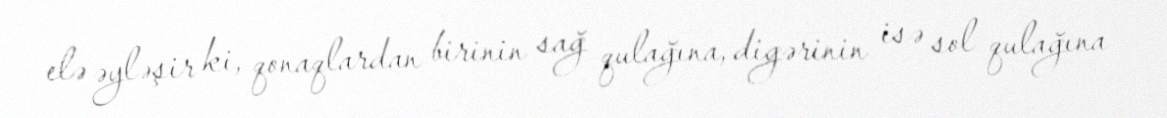
elə əyləşir ki, qonaqlardan birinin sağ qulağına, digərinin isə sol qulağına